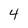
Character: 4